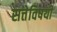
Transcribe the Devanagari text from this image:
सत्तेविषयी